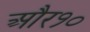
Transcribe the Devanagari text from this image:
और१०